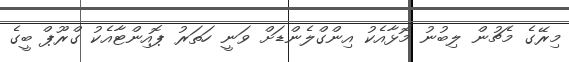
މިރޭގެ މެޗުން ލިބުނު މޮޅާއެކު އިންގްލެންޑަށް ވަނީ ހަތަރު ޕޮއިންޓާއެކު ގްރޫޕް ބީގެ